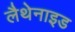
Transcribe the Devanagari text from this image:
लैथेनाइड